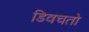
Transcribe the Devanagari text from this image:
डिवचतो